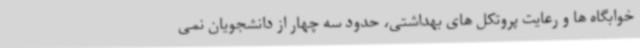
خوابگاه ها و رعایت پروتکل های بهداشتی، حدود سه چهار از دانشجویان نمی